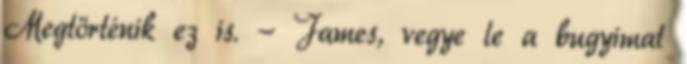
Megtörténik ez is. - James, vegye le a bugyimat